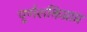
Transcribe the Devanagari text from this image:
पूर्णशक्तिप्राप्त